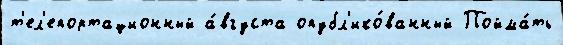
т'ел'епортационный а́вгуста опубл'ико́ванный Пойма́ть